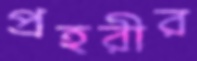
প্রহরীর